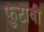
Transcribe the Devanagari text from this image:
फुटावी